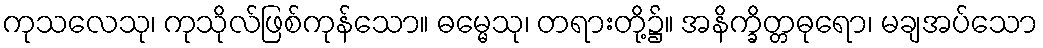
ကုသလေသု၊ ကုသိုလ်ဖြစ်ကုန်သော။ ဓမ္မေသု၊ တရားတို့၌။ အနိက္ခိတ္တဓုရော၊ မချအပ်သော